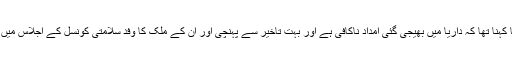
اقوام متحدہ کے لیے برطانوی سفیر میتھیو ریکرافٹ کا کہنا تھا کہ داریا میں بھیجی گئی امداد ناکافی ہے اور بہت تاخیر سے پہنچی اور ان کے ملک کا وفد سلامتی کونسل کے اجلاس میں فضا سے امداد گرانے کی امکانات کو اجاگر کرے گا۔